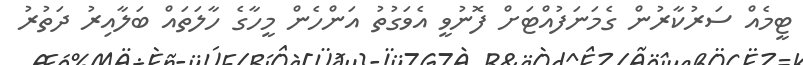
ޓީމެއް ސަރުކާރުން ގެމަނަފުއްޓަށް ފޮނުވީ އެވަގުތު އަންހެން މީހާގެ ހާލަތައް ބަލާއިރު ދަތުރު